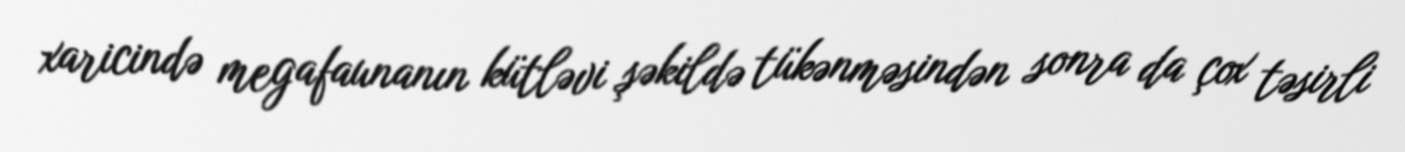
xaricində megafaunanın kütləvi şəkildə tükənməsindən sonra da çox təsirli